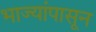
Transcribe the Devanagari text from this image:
भाज्यांपासून